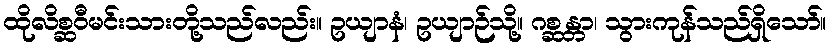
ထိုလိစ္ဆဝီမင်းသားတို့သည်လည်း။ ဥယျာနံ၊ ဥယျာဉ်သို့။ ဂစ္ဆန္တာ၊ သွားကုန်သည်ရှိသော်။